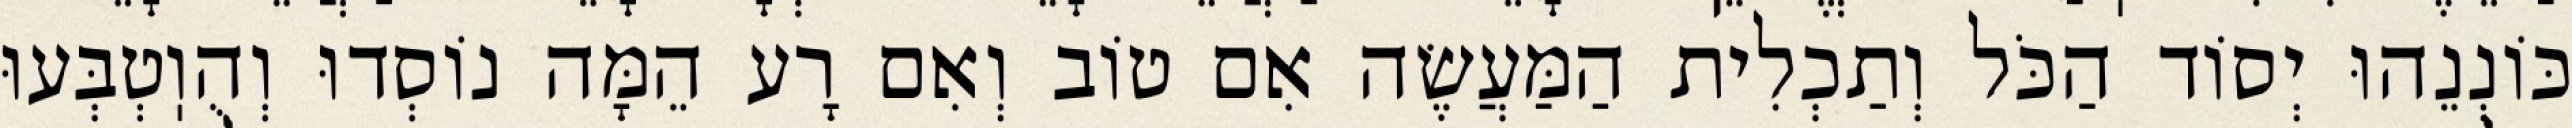
כּוֹנְנֵהוּ יְסוֹד הַכֹּל וְתַכְלִית הַמַּעֲשֶׂה אִם טוֹב וְאִם רָע הֵמָּה נוֹסְדוּ וְהֻוֽטְבְּעוּ